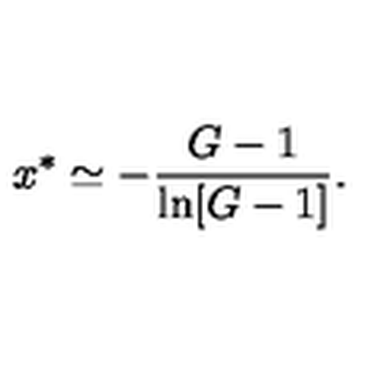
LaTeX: x ^ { * } \simeq - { \frac { G - 1 } { \ln [ G - 1 ] } } .